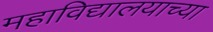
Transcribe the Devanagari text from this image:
महाविद्यालयाच्‍या